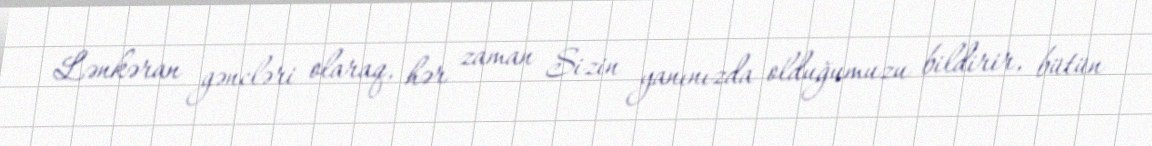
Lənkəran gəncləri olaraq, hər zaman Sizin yanınızda olduğumuzu bildirir, bütün